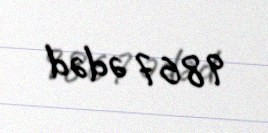
9867 ədəd